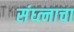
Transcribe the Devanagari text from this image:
संघ्त्नाचा